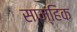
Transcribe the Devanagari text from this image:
साम्हिक